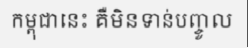
កម្ពុជានេះ គឺមិនទាន់បញ្ចូល